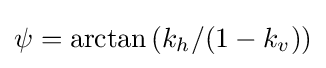
{\textstyle \psi =\arctan {(k_{h}/(1-k_{v}))}}